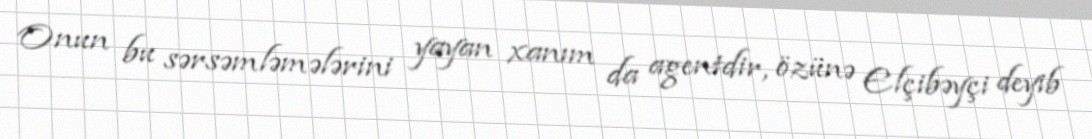
Onun bu sərsəmləmələrini yayan xanım da agentdir, özünə Elçibəyçi deyib